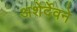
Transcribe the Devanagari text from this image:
अशेर्देवने